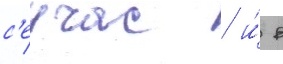
с'еичас / и́ в